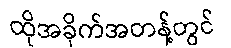
ထိုအခိုက်အတန့်တွင်